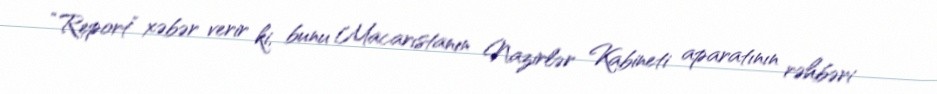
“Report” xəbər verir ki, bunu Macarıstanın Nazirlər Kabineti aparatının rəhbəri